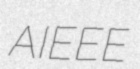
AIEEE